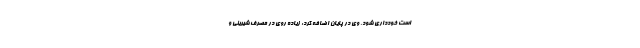
است خودداری شود. وی در پایان اضافه کرد: زیاده روی در مصرف شیرینی و